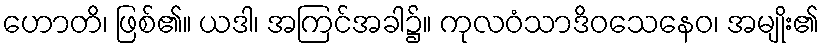
ဟောတိ၊ ဖြစ်၏။ ယဒါ၊ အကြင်အခါ၌။ ကုလဝံသာဒိဝသေနေဝ၊ အမျိုး၏